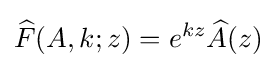
{\widehat {F}}(A,k;z)=e^{kz}{\widehat {A}}(z)